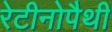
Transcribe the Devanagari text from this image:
रेटीनोपैथी